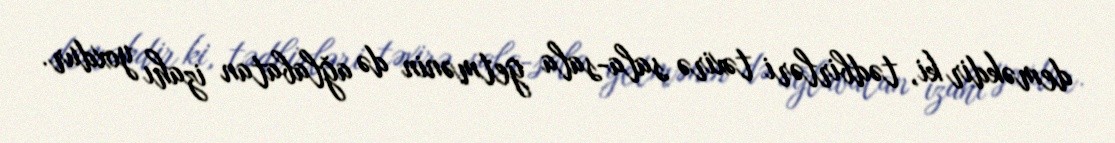
deməkdir ki, tədbirləri təxirə sala-sala getmənin də ağlabatan izahı yoxdur.